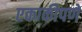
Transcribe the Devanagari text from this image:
एकाकीपणे